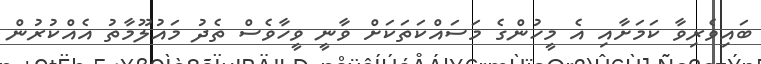
ބައިވެރިވާ ކަމަށާއި އެ މީހުންގެ މަސައްކަތަކަށް ވާނީ ވީހާވެސް ތެދު މައުލޫމާތު އެއްކުރުން